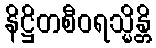
နိဋ္ဌိတစီဝရသ္မိန္တိ